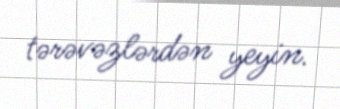
tərəvəzlərdən yeyin.